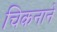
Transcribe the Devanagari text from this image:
चिकनाने